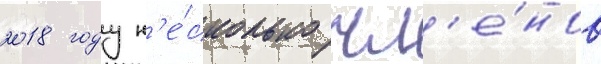
2018 году н'е́сколько чл'е́нов